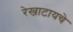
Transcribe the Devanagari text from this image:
रेखाटायचे